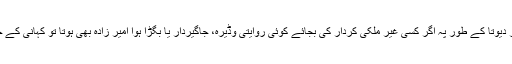
ایسا محسوس ہوتا ہے کہ اگر دیوتا کے طور پہ اگر کسی غیر ملکی کردار کی بجائے کوئی روایتی وڈیرہ، جاگیردار یا بگڑا ہوا امیر زادہ بھی ہوتا تو کہانی کے خیال پہ کوئی فرق نہیں پڑتا۔